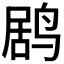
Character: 𱊌